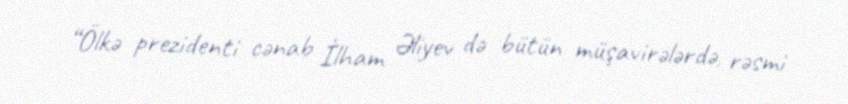
“Ölkə prezidenti cənab İlham Əliyev də bütün müşavirələrdə, rəsmi